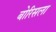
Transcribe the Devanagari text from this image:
बोरिसला